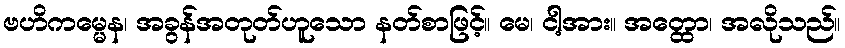
ဗဟိကမ္မေန၊ အခွန်အတုတ်ဟူသော နတ်စာဖြင့်။ မေ၊ ငါ့အား။ အတ္ထော၊ အလိုသည်။